Indian journal of veterinary science and animal husbandry - Volume 10,
Year: 1940
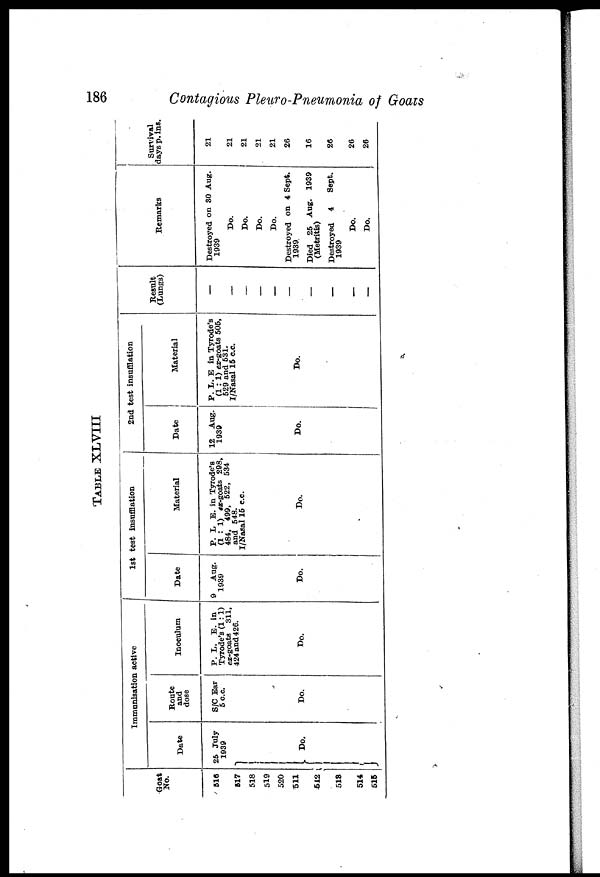
186
Contagious Pleuro-Pneumonia of Goats
TABLE XLVIII
Goat
No.
516
517
518
519
520
511
512
518
514
516
Immunisation active
Date
25 July
1939
} Do.
Route
and
dose
S/C Ear
5c.c.
Do.
Inoculum
P. L. E. in
Tyrode's (1:1)
ex-goats 311,
424 and 426.
Do.
1st test insufflation
Date
9
Aug.
1939
Do.
Material
P. L E. in Tyrode's
(1 : 1) ex-goats 298,
484, 499, 522, 534
and 548.
I/Nasal 15 c.c.
Do.
2nd test insufflation
Date
12 Aug.
1939
Do.
Material
P. L. E in Tyrode's
(1 : 1) ex-goats 505,
529 and 531.
I/Nasal 15 c.c.
Do.
Result
(Lungs)
—
—
—
—
—
—
—
—
—
—
Remarks
Destroyed on 30 Aug.
1939
Do.
Do.
Do.
Do.
Destroyed on 4 Sept.
1939.
Died 25 Aug. 1939
(Metritis)
Destroyed 4
Sept.
1939
Do.
Do.
Survival
days p. ins.
21
21
21
21
21
26
16
26
26
26